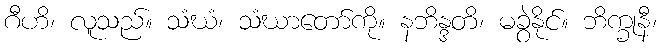
ဂီဟိ၊ လူသည်။ သံဃံ၊ သံဃာတော်ကို။ နဘိန္ဒတိ၊ မခွဲနိုင်။ ဘိက္ခုနီ၊